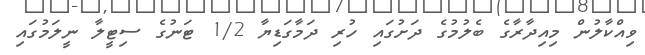
ވިއްކާލުން މިއިދާރާގެ ބެލުމުގެ ދަށުގައި ހުރި ދަމާގަޑިޔާ 1/2 ޓަނުގެ ސިޓީލާ ނީލަމުގައި